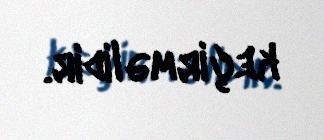
keçirməlidir.